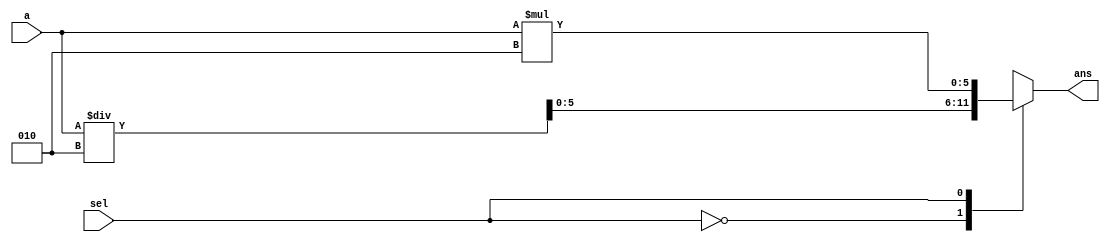
module multip_1210733#(parameter n=4)(a,sel,ans);
input signed [n-1:0] a ;
input sel ;
output reg signed[n+1:0] ans ;
always@(*)
begin
/*if (sel == 0) begin ans = a/2 ; end 
else begin ans = a*2 ; end*/
case (sel)
1'b0 : ans <= (a/2) ;
1'b1 : ans <= (a*2) ;
 endcase ;
end
endmodule